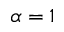
\alpha = 1